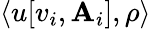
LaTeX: \langle u[v_{i},\mathbf{A}_{i}],\rho\rangle